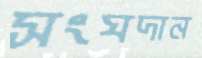
সংঘদান